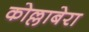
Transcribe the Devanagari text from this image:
कोल्लाबेरा